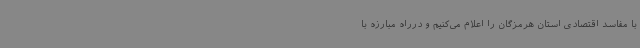
با مفاسد اقتصادی استان هرمزگان را اعلام می‌کنیم و درراه مبارزه با